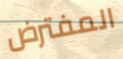
المفترض